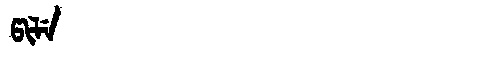
Manchu: ᡦᡳᠯᡝ
Romanization: PILE